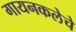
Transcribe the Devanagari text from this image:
गायनकलेचे